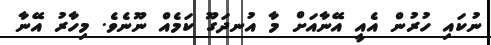
ނުކައި ހުރުން އެއީ އޭނާއަށް މާ އުނދަގޫ ކަމެއް ނޫނެވެ. މިހާރު އޭނާ